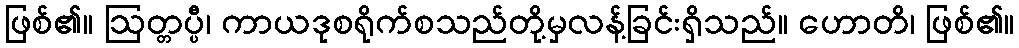
ဖြစ်၏။ ဩတ္တပ္ပီ၊ ကာယဒုစရိုက်စသည်တို့မှလန့်ခြင်းရှိသည်။ ဟောတိ၊ ဖြစ်၏။